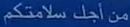
من اجل سلامتكم